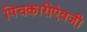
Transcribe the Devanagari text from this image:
पिचकारीऐवजी